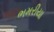
ભમરીયા